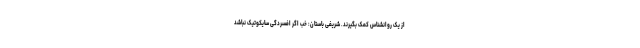
از یک روانشناس کمک بگیرند. شریفی باستان: خب اگر افسردگی سایکوتیک نباشد